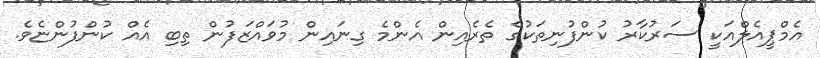
އެމްޕީއެލްއަކީ ސަރުކާރު ކުންފުނިތަކުގެ ތެރެއިން އެންމެ ގިނައިން މުވައްޒަފުން ތިބި އެއް ކުންފުންޏެވެ.